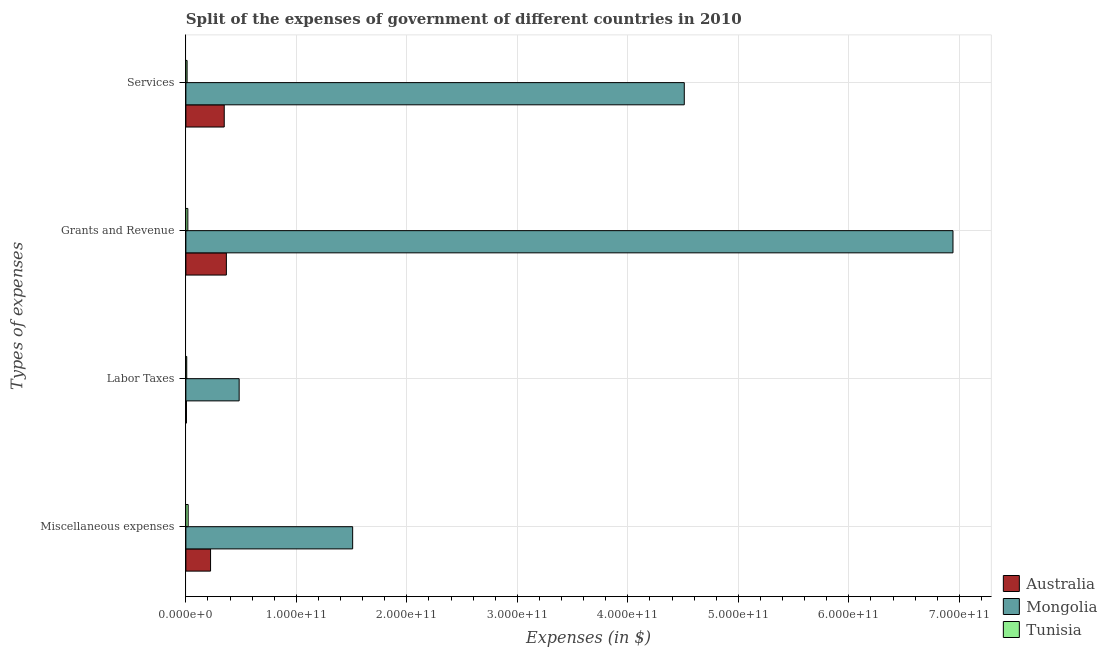
| Types of expenses | Australia | Mongolia | Tunisia |
 | --- | --- | --- | --- |
 | Miscellaneous expenses | 2.23e+10 | 1.51e+11 | 2.07e+09 |
 | Labor Taxes | 5.19e+08 | 4.82e+10 | 7.76e+08 |
 | Grants and Revenue | 3.67e+10 | 6.94e+11 | 1.78e+09 |
 | Services | 3.47e+10 | 4.51e+11 | 1.09e+09 |